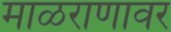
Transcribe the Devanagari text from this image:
माळराणावर